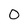
Character: 0